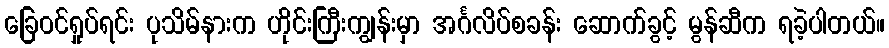
ခြေဝင်ရှုပ်ရင်း ပုသိမ်နားက ဟိုင်းကြီးကျွန်းမှာ အင်္ဂလိပ်စခန်း ဆောက်ခွင့် မွန်ဆီက ရခဲ့ပါတယ်။